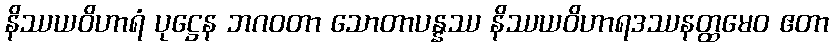
နိဿယဝိဟာရံ ပုဋ္ဌေန ဘဂဝတာ သောတာပန္နဿ နိဿယဝိဟာရဒဿနတ္ထမေဝ ဧတာ